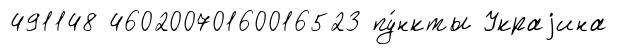
491148 46020070160016523 пу́нкты Украjина